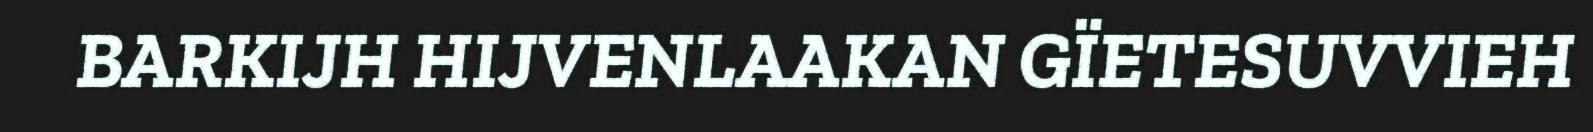
BARKIJH HIJVENLAAKAN GÏETESUVVIEH